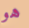
هو